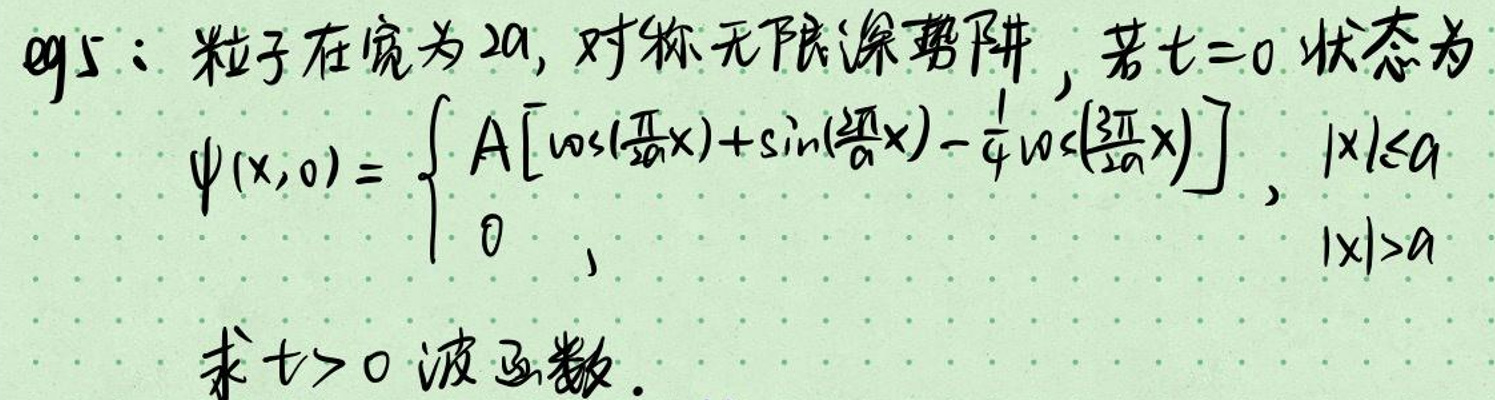
q5：粒子在宽为$2a$，对称无限深势阱，若$t = 0$状态为
\[
\psi(x,0)=
\begin{cases}
A\left[\cos\left(\frac{\pi}{2a}x\right)+\sin\left(\frac{\pi}{a}x\right)-\frac{1}{4}\cos\left(\frac{3\pi}{2a}x\right)\right],&|x|\leq a\\
0,&|x|>a
\end{cases}
\]
求$t > 0$波函数。